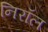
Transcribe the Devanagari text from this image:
निरॉल